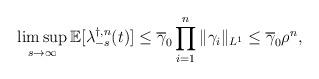
LaTeX: \begin{align*}\limsup_{s\rightarrow\infty}\mathbb{E}[\lambda_{-s}^{\dagger,n}(t)]\leq\overline{\gamma}_{0}\prod_{i=1}^{n}\Vert\gamma_{i}\Vert_{L^{1}}\leq\overline{\gamma}_{0}\rho^{n},\end{align*}